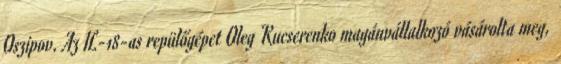
Oszipov. Az IL-18-as repülőgépet Oleg Kucserenko magánvállalkozó vásárolta meg,